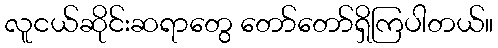
လူငယ်ဆိုင်းဆရာတွေ တော်တော်ရှိကြပါတယ်။